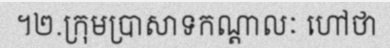
។២.ក្រុមប្រាសាទកណ្តាលៈ ហៅថា